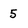
Character: 5